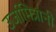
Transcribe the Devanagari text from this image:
उर्जामित्रांनी